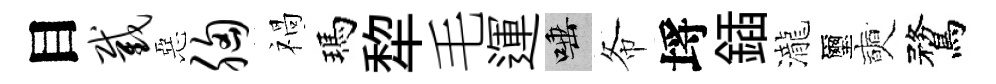
目截惡胸禍瑪犂毛運唾𢁙埓鍤瀧璽奭鶩